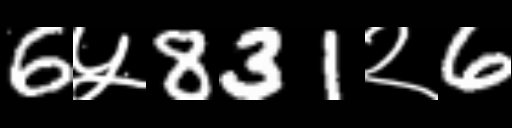
Text: 6५831२6